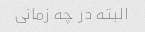
البته در چه زمانی